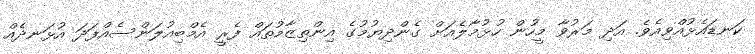
ކަނޑައެޅުއްވިއެވެ. އަދި މަރުވާ މީހުން ހުޅުމާލެއަށް ގެންދިޔުމުގެ އިންތިޒާމުތައް ފެރީ އެމްބިއުލަންސެއްފަދަ އުޅަނދެއް